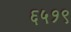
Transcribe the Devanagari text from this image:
६५१९